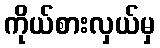
ကိုယ်စားလှယ်မှ